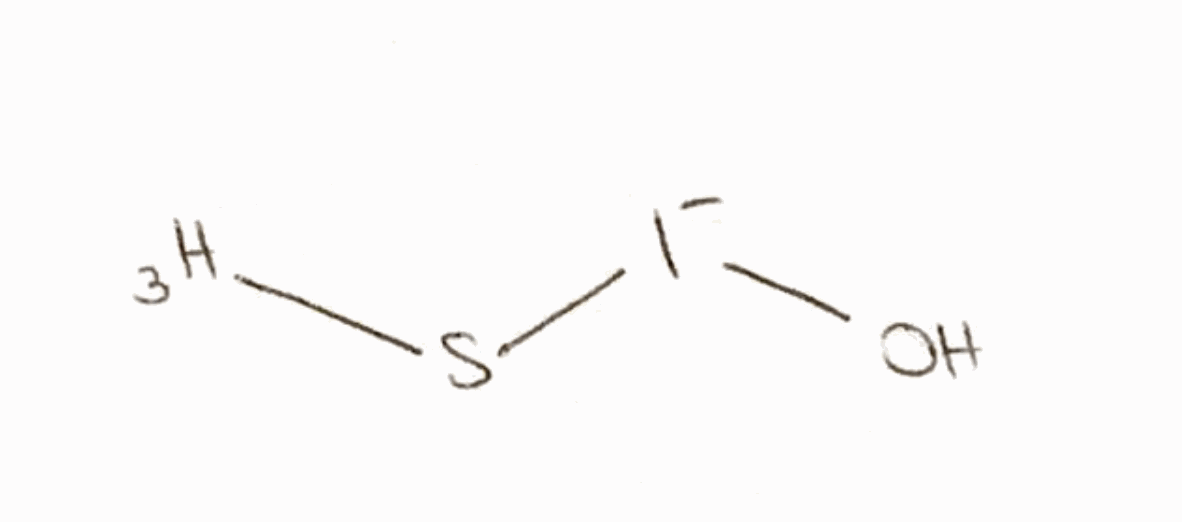
Simplified molecular-input line-entry system (SMILES) notation of the given molecule:
[3H]S[I-]O